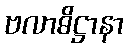
ဗလာဓိဋ္ဌာနာ